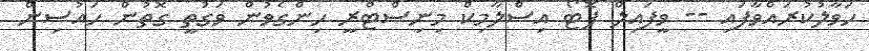
ހަވާލުކުރައްވާފައި -- ވީފައިލް ފޮޓޯ އިސްލާމިކް މިނިސްޓްރީ ހިންގެވުން ވަގުތީ ގޮތުން ހައުސިން